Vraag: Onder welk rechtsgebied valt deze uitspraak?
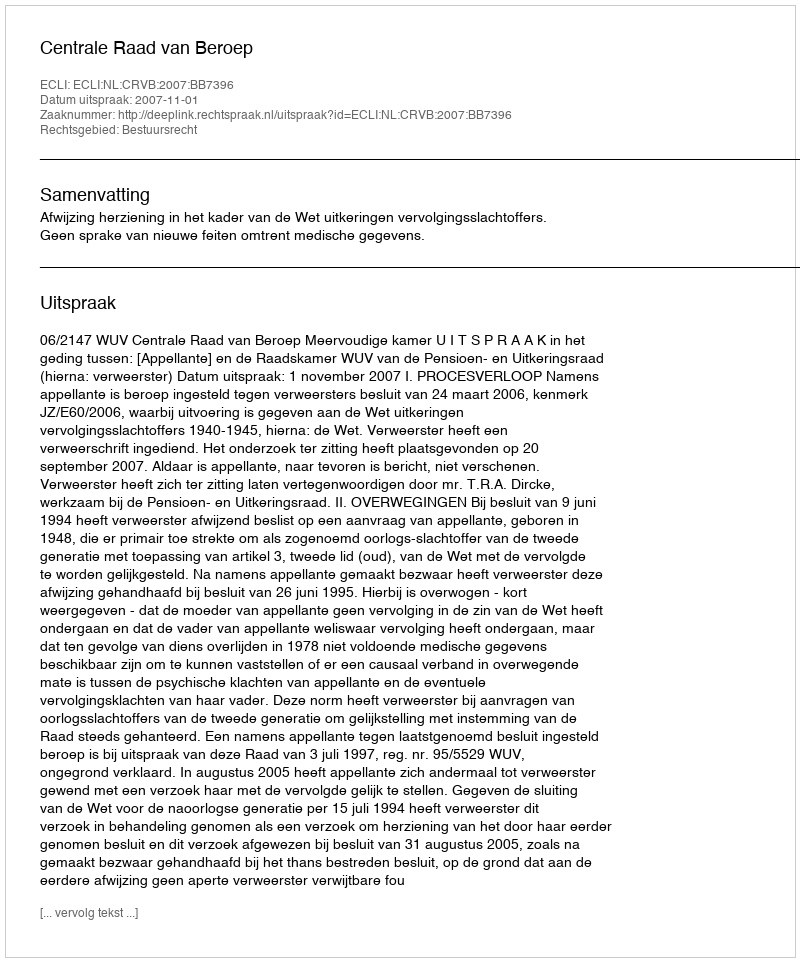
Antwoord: Bestuursrecht